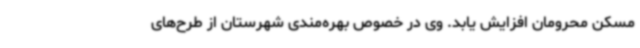
مسکن محرومان افزایش یابد. وی در خصوص بهره‌مندی شهرستان از طرح‌های